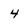
Character: 4